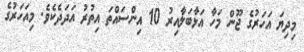
މިދިޔަ އަހަރުގެ ޖޫން މަހާ އަޅާބަލާއިރު 10 އިންސައްތަ އިތުރު އަދަދެކެވެ. މިއަހަރުގެ